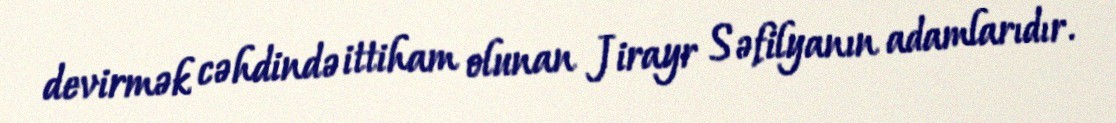
devirmək cəhdində ittiham olunan Jirayr Səfilyanın adamlarıdır.